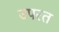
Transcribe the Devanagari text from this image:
उपरत